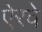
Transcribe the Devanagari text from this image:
ऐरवे